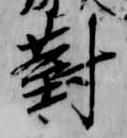
対